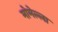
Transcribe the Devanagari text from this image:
मोमेल्ला